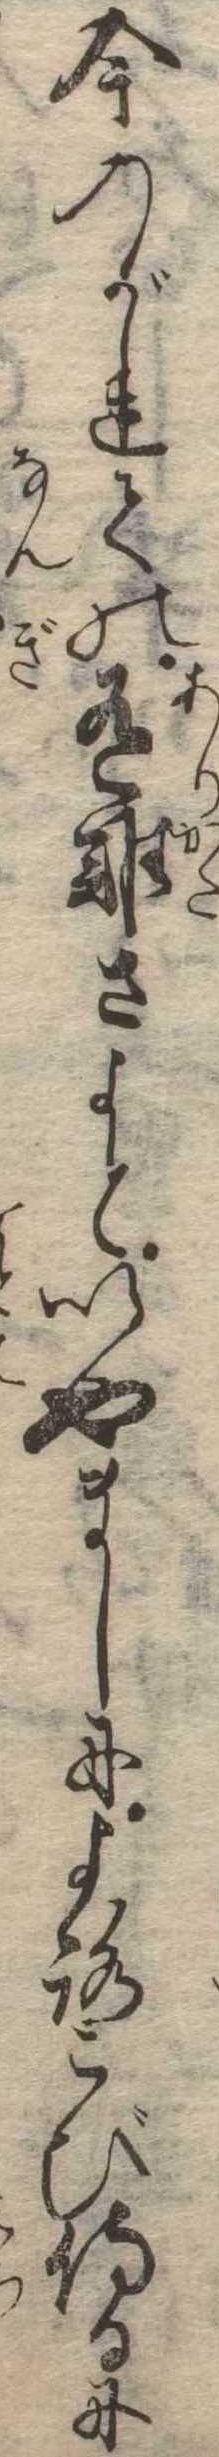
今のがれての有難さよといやましによろこび侍るに